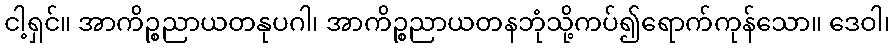
ငါ့ရှင်။ အာကိဉ္စညာယတနုပဂါ၊ အာကိဉ္စညာယတနဘုံသို့ကပ်၍ရောက်ကုန်သော။ ဒေဝါ၊